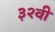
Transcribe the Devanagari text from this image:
३२वी